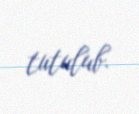
tutulub.